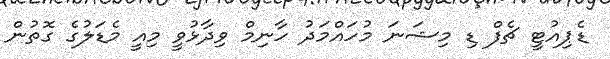
ޑެޕިއުޓީ ޗެފް ޑި މިޝަނަ މުހައްމަދު ހާނިމް ވިދާޅުވީ މިއީ މެޑަލުގެ ގޮތުން